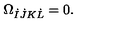
\Omega _ { \dot { I } \dot { J } K \dot { L } } = 0 .